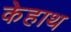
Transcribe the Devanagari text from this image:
केहाथ